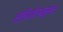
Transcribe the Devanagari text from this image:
स्थितीअनुसार